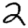
Digit: 2